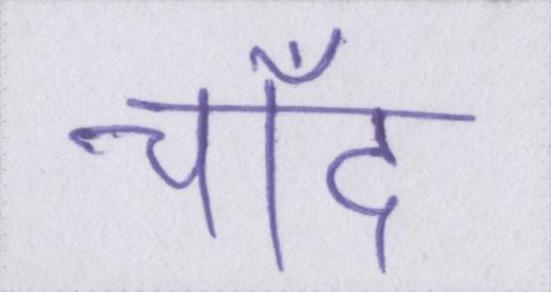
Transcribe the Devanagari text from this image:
चाँद